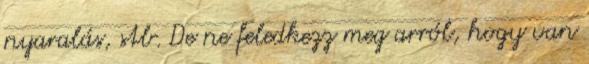
nyaralás, stb. De ne feledkezz meg arról, hogy van